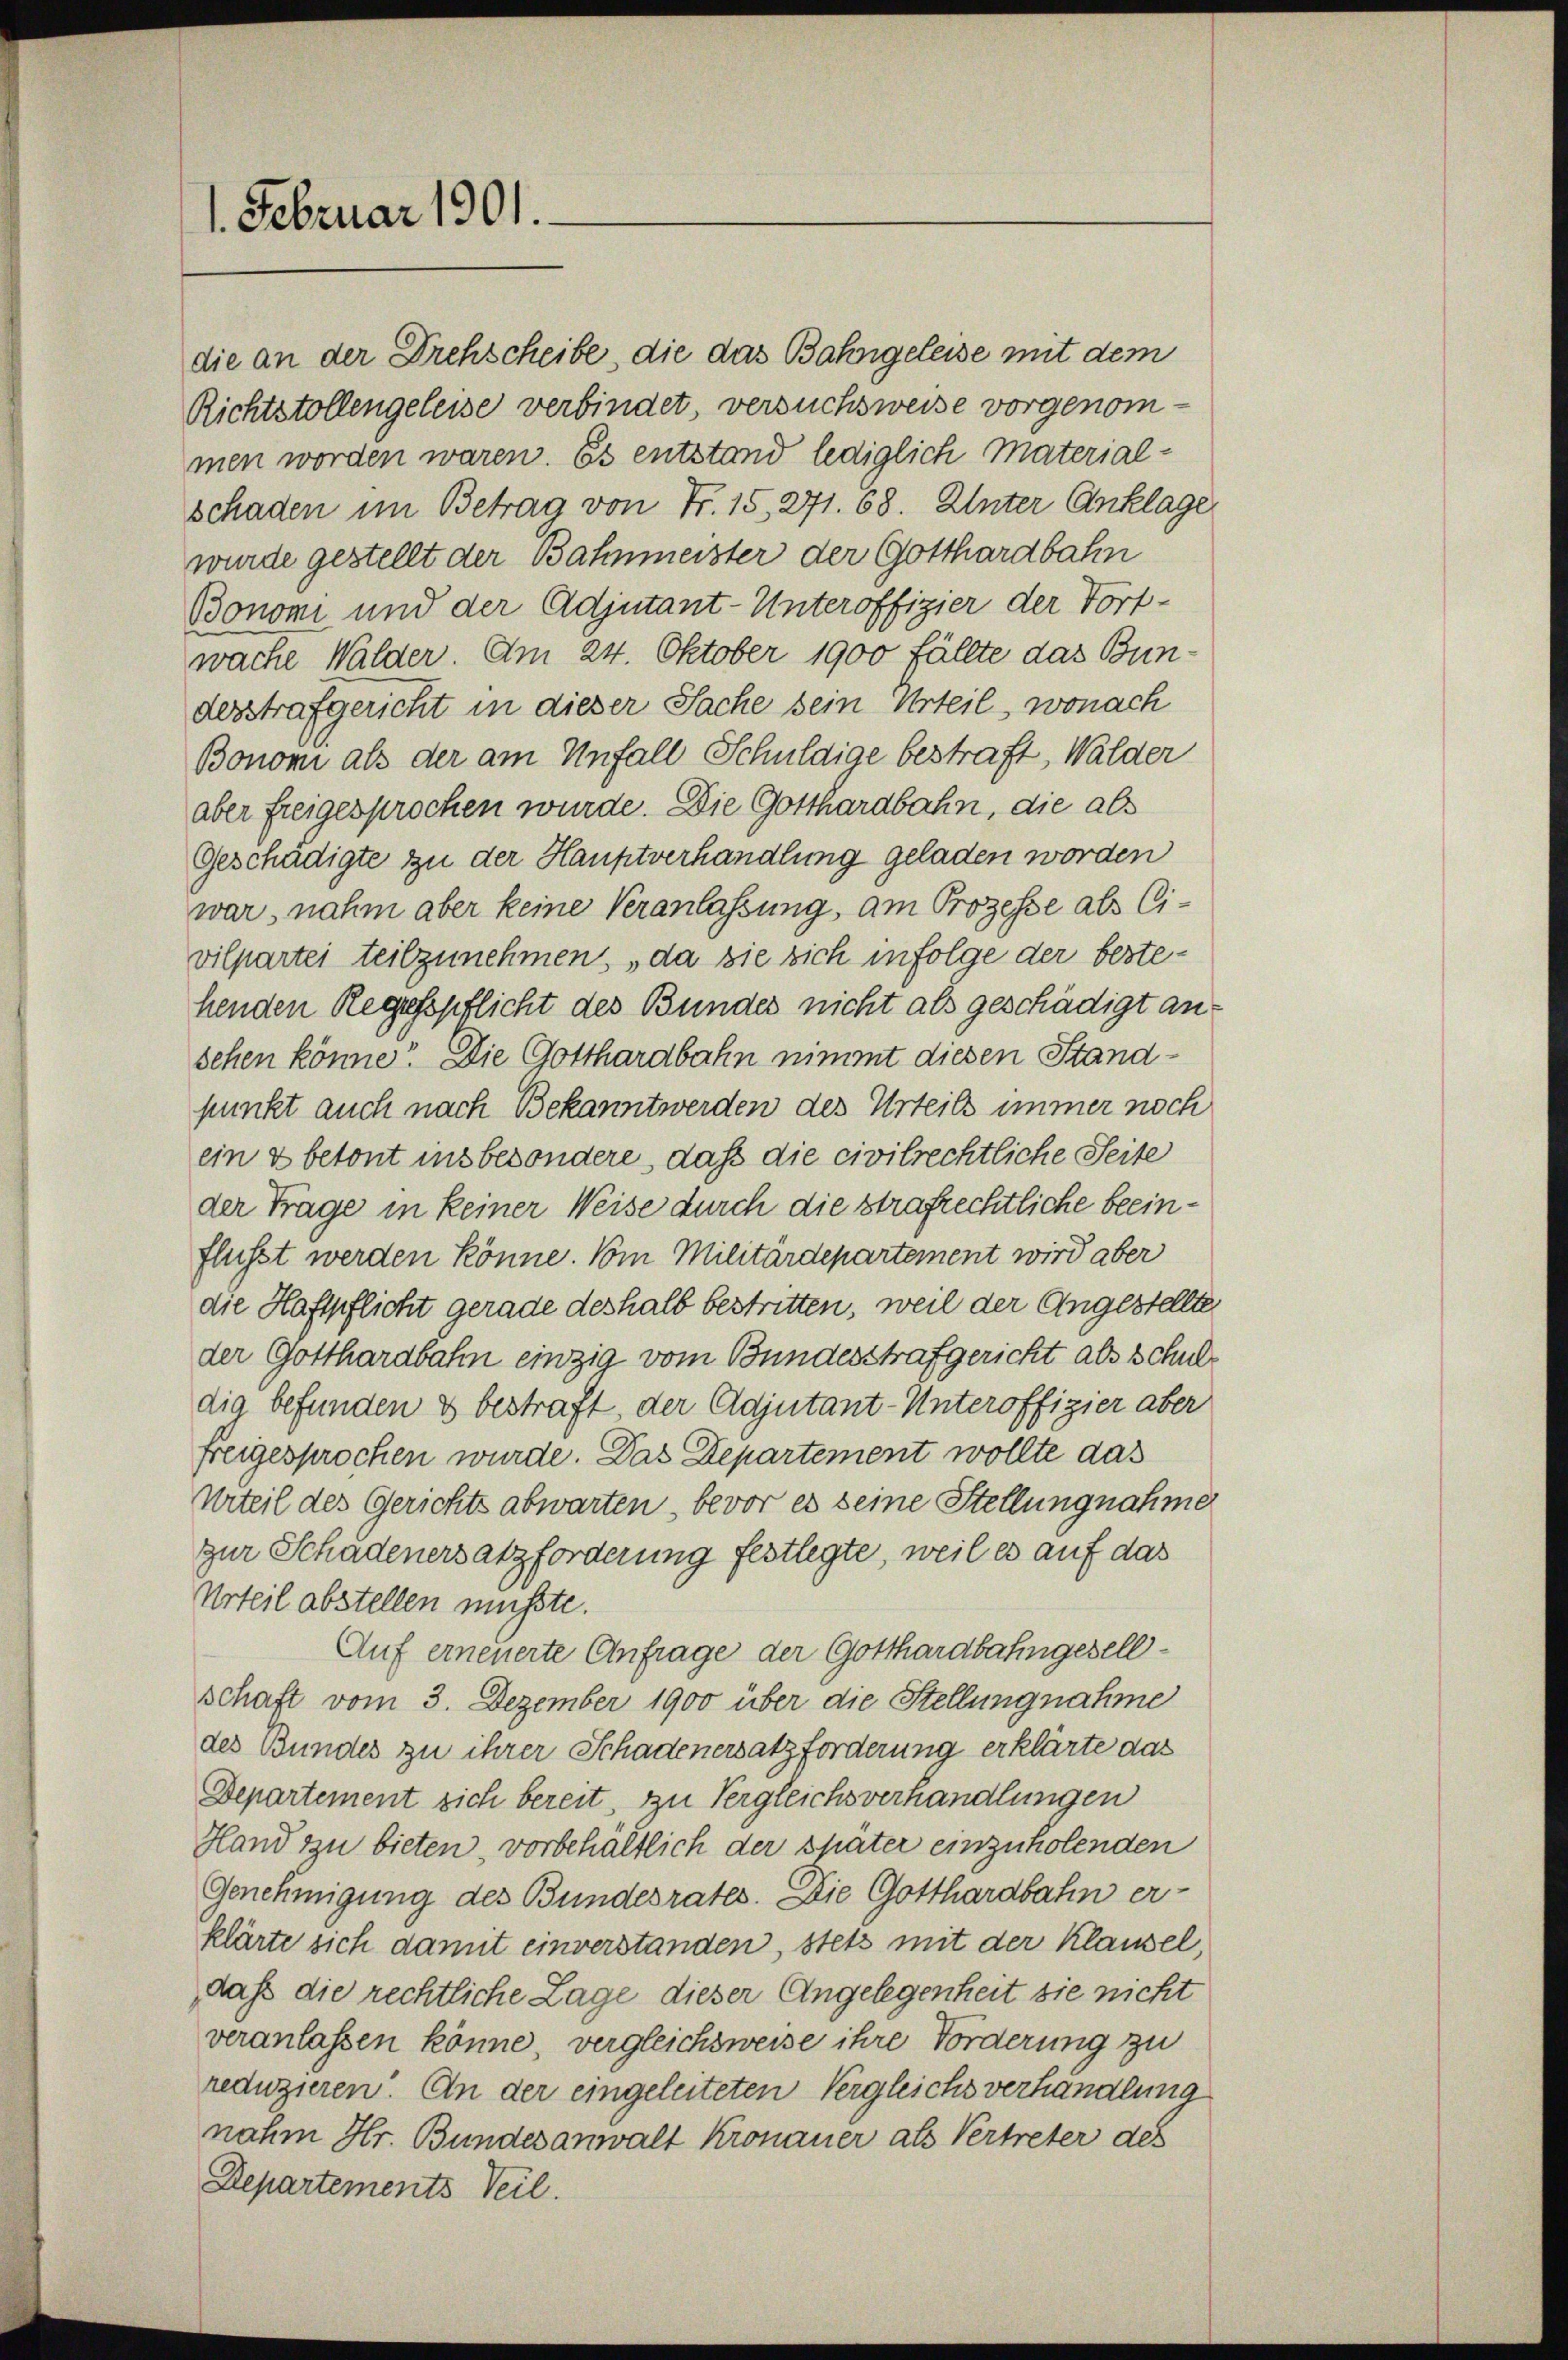
1. Februar 1901.

die an der Drehscheibe, die das Bahngeleise mit dem
Richtstollengeleise verbindet, versuchsweise vorgenommen worden waren. Es entstand lediglich Materialschaden im Betrag von Fr. 15, 271. 68. Unter Anklage
wurde gestellt der Bahnmeister der Gotthardbahn
Bonomi und der Adjutant-Unteroffizier der Torfwache Walder. Am 24. Oktober 1900 fällte das Bundesstrafgericht in dieser Sache sein Urteil, wonach
Bonomi als der am Unfall Schuldige bestraft, Walder
aber freigesprochen wurde. Die Gotthardbahn, die als
Geschädigte zu der Hauptverhandlung geladen worden
war, nahm aber keine Veranlassung, am Prozesse als Civilpartei teilzunehmen, da sie sich infolge der bestehenden Regesspflicht des Bundes nicht als geschädigt an:
sehen könne? Die Gotthardbahn nimmt diesen Standpunkt auch nach Bekanntwerden des Urteils immer noch
ein & betont insbesondere, daß die civilrechtliche Seite
der Trage in keiner Weise durch die strafrechtliche beeinflusst werden könne. Vom Militärdepartement wird aber
die Haftpflicht gerade deshalb bestritten, weil der Angestellte
der Gotthardbahn einzig vom Bundesstrafgericht als Schuldig befunden & bestraft, der Adjutant-Unteroffizier aber
freigesprochen wurde. Das Departement wollte das
Urteil des Gerichts abwarten, bevor es seine Stellungnahme
zur Schadenersatzforderung festlegte, weil es auf das
Urteil abstellen musste.
Auf erneuerte Anfrage der Gotthardbahngesellschaft vom 3. Dezember 1900 über die Stellungnahme
des Bundes zu ihrer Schadenersatzforderung erklärte das
Departement sich bereit, zu Vergleichsverhandlungen
Hand zu bieten, vorbehältlich der später einzuholenden
Genehmigung des Bundesrates. Die Gotthardbahn er-
klärte sich damit einverstanden, stets mit der Klausel,
dass die rechtliche Lage dieser Angelegenheit sie nicht
veranlassen könne, vergleichsweise ihre Forderung zu
reduzieren. An der eingeleiteten Vergleichs verhandlung
nahm Hr. Bundesanwalt Kronauer als Vertreter des
Departements Teil.